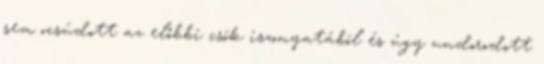
sem ocsúdott az előbbi csók iszonyatából és úgy undorodott